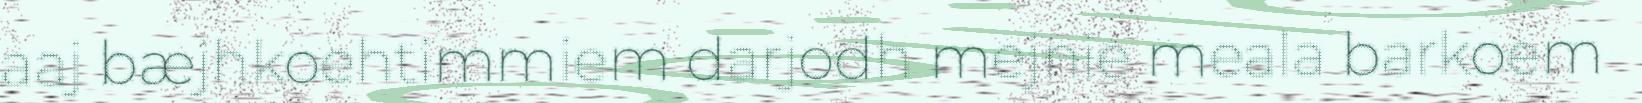
aaj bæjhkoehtimmiem darjodh mejnie meala barkoem